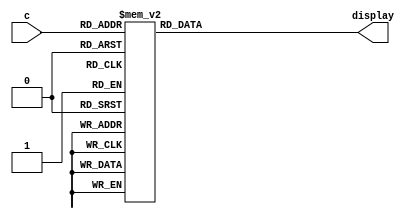
module char_7_seg(c,display);
	input [3:0] c;
	output [6:0] display;
	
	always @(*)
	begin
	
	 case(c)
	 
	 4'b0000: display=7'b0000001;
	 4'b0001: display=7'b1001111;
	 4'b0010: display=7'b0010010;
	 4'b0011: display=7'b0000110;
	 4'b0100: display=7'b1001100;
	 4'b0101: display=7'b0100100;
	 4'b0110: display=7'b0100000;
	 4'b0111: display=7'b0001111;
	 4'b1000: display=7'b0000000;
	 4'b1001: display=7'b0000100;
	 default: display=7'b0000001;
	 endcase
	end

endmodule